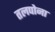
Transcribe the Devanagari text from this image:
तलपोना